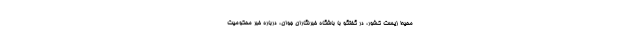
محیط زیست کشور، در گفتگو با باشگاه خبرنگاران جوان، درباره خبر محکومیت